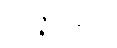
ဝိရဇ္ဇမာနော